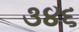
૩૪૬